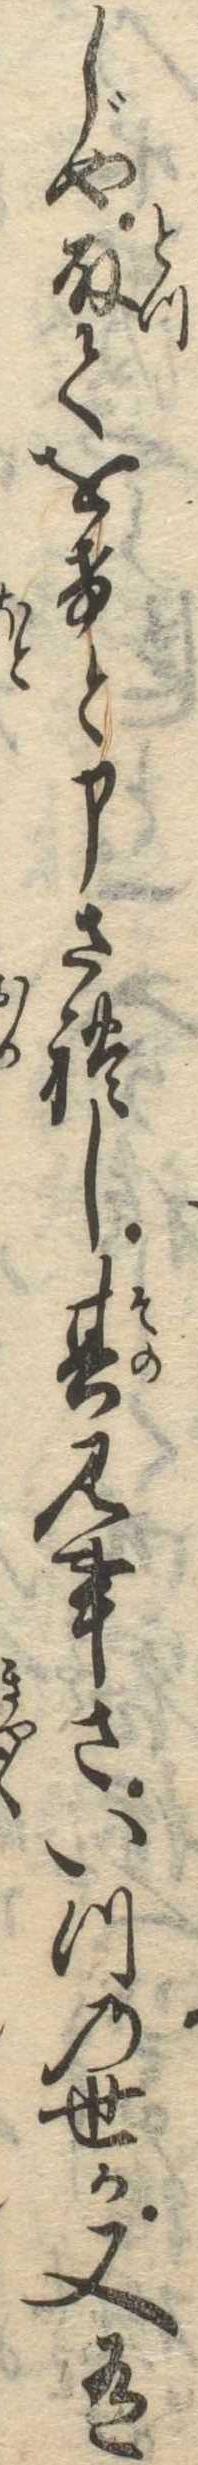
じや取てをけと申されし其見事さいつの世か又有